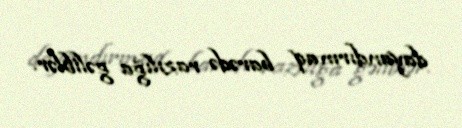
dayandırmaq barədə razılığa gəliblər.